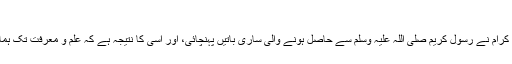
}(التوبۃ: 100)
ان سارے صحابہ کرام نے رسول کریم صلی اللہ علیہ وسلم سے حاصل ہونے والی ساری باتیں پہنچائی، اور اسی کا نتیجہ ہے کہ علم و معرفت تک ہماری رسائی ہوئی۔